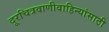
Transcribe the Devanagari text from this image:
दूरचित्रवाणीवाहिन्यांसाठी